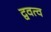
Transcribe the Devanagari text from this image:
द्ववत्व